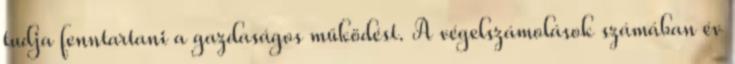
tudja fenntartani a gazdaságos működést. A végelszámolások számában év